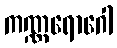
ကဏ္ဏရောဂေါ